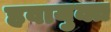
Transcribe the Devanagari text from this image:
हवायुक्त